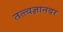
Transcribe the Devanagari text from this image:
तत्त्वज्ञानवर